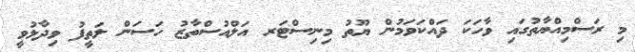
މި ރަސްމިއްޔާތުގައި ވާހަކަ ދައްކަވަމުން ޔޫތު މިނިސްޓަރ އަލްއުސްތާޒު ހަސަން ލަތީފު ވިދާޅުވީ